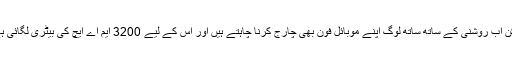
لیکن اب روشنی کے ساتھ ساتھ لوگ اپنے موبائل فون بھی چارج کرنا چاہتے ہیں اور اس کے لیے 3200 ایم اے ایچ کی بیٹری لگائی ہے۔